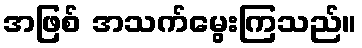
အဖြစ် အသက်မွေးကြသည်။